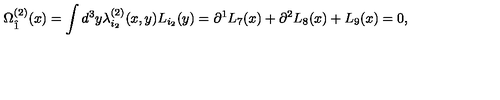
\Omega _ { \hat { 1 } } ^ { ( 2 ) } ( x ) = \int d ^ { 3 } y \lambda _ { i _ { 2 } } ^ { ( 2 ) } ( x , y ) L _ { i _ { 2 } } ( y ) = \partial ^ { 1 } L _ { 7 } ( x ) + \partial ^ { 2 } L _ { 8 } ( x ) + L _ { 9 } ( x ) = 0 ,